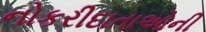
નોકરીદાતાઓની